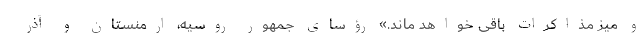
و میز مذاکرات باقی خواهد ماند.» رؤسای جمهور روسیه، ارمنستان و آذر